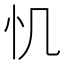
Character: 𢖯